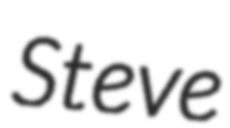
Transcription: Steve